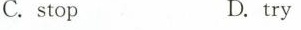
C.stop D.try